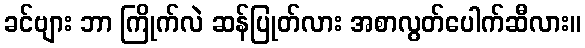
ခင်ဗျား ဘာ ကြိုက်လဲ ဆန်ပြုတ်လား အစာလွတ်ပေါက်ဆီလား။